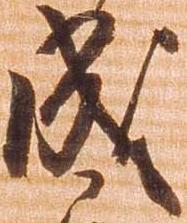
成